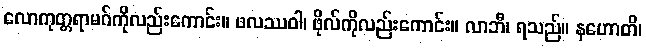
လောကုတ္တရာမဂ်ကိုလည်းကောင်း။ ဖလဿဝါ၊ ဖိုလ်ကိုလည်းကောင်း။ လာဘီ၊ ရသည်။ နဟောတိ၊